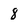
Character: 8